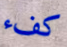
كفء